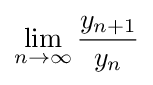
\lim _{n\to \infty }{\frac {y_{n+1}}{y_{n}}}